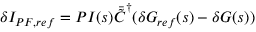
\delta I _ { P F , r e f } = P I ( s ) \Bar { \tilde { C } } ^ { \dagger } ( \delta G _ { r e f } ( s ) - \delta G ( s ) )